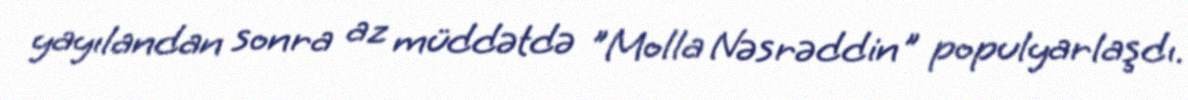
yayılandan sonra az müddətdə "Molla Nəsrəddin" populyarlaşdı.